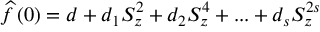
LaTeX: \widehat { f } \left( 0 \right) = d + d _ { 1 } S _ { z } ^ { 2 } + d _ { 2 } S _ { z } ^ { 4 } + . . . + d _ { s } S _ { z } ^ { 2 s }